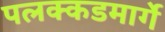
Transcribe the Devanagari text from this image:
पलक्कडमार्गे